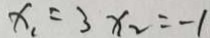
x _ { 1 } = 3 x _ { 2 } = - 1